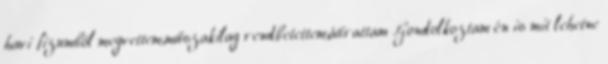
havi fizumból megvettem,műszakilag rendbetettem,átírattam .Gondolkoztam én is mit lehetne